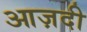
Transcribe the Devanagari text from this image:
आज़दी